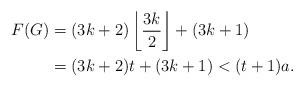
LaTeX: \begin{align*}F(G) & = (3k+2) \left\lfloor \frac{3k}{2} \right\rfloor + (3k+1)\\& = (3k+2) t + (3k+1) < (t+1) a.\end{align*}